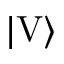
| \mathrm { V } \rangle